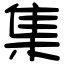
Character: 集